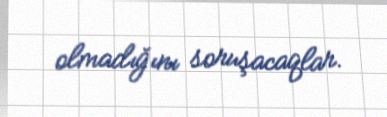
olmadığını soruşacaqlar.